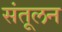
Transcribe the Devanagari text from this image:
संतूलन